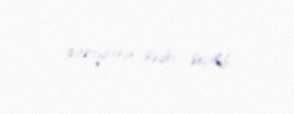
partiyanın sədri seçilib.